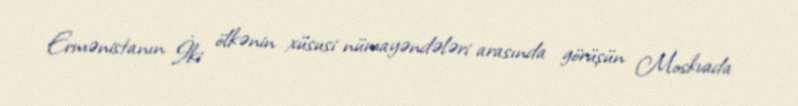
Ermənistanın İki ölkənin xüsusi nümayəndələri arasında görüşün Moskvada